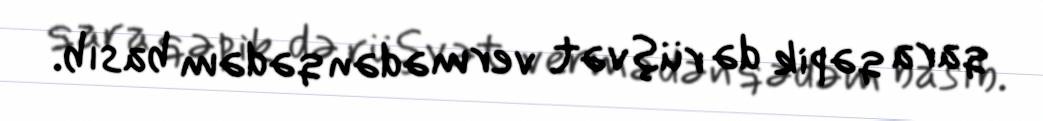
qara qəpik də rüşvət vermədən qədəm basıb.